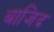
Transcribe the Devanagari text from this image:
बाजिद